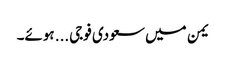
یمن میں سعودی فوجی... ہوئے۔